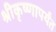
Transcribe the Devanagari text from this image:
श्रीकृष्णापर्यंत